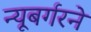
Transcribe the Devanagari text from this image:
न्यूबर्गरने